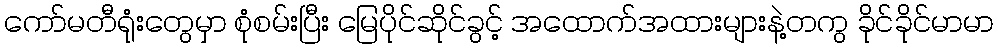
ကော်မတီရုံးတွေမှာ စုံစမ်းပြီး မြေပိုင်ဆိုင်ခွင့် အထောက်အထားများနဲ့တကွ ခိုင်ခိုင်မာမာ